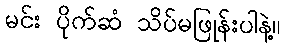
မင်း ပိုက်ဆံ သိပ်မဖြုန်းပါနဲ့။